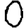
Digit: 0